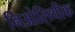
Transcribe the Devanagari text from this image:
निओलिथीक